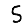
Digit: 5